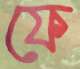
ফে